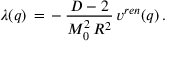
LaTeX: \lambda ( q ) \, = \, - \, \frac { D - 2 } { M _ { 0 } ^ { 2 } \, R ^ { 2 } } \, v ^ { r e n } ( q ) \, { . }